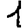
Digit: 1